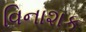
વિનાશક